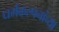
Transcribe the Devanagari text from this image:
धर्मकल्पनांच्या